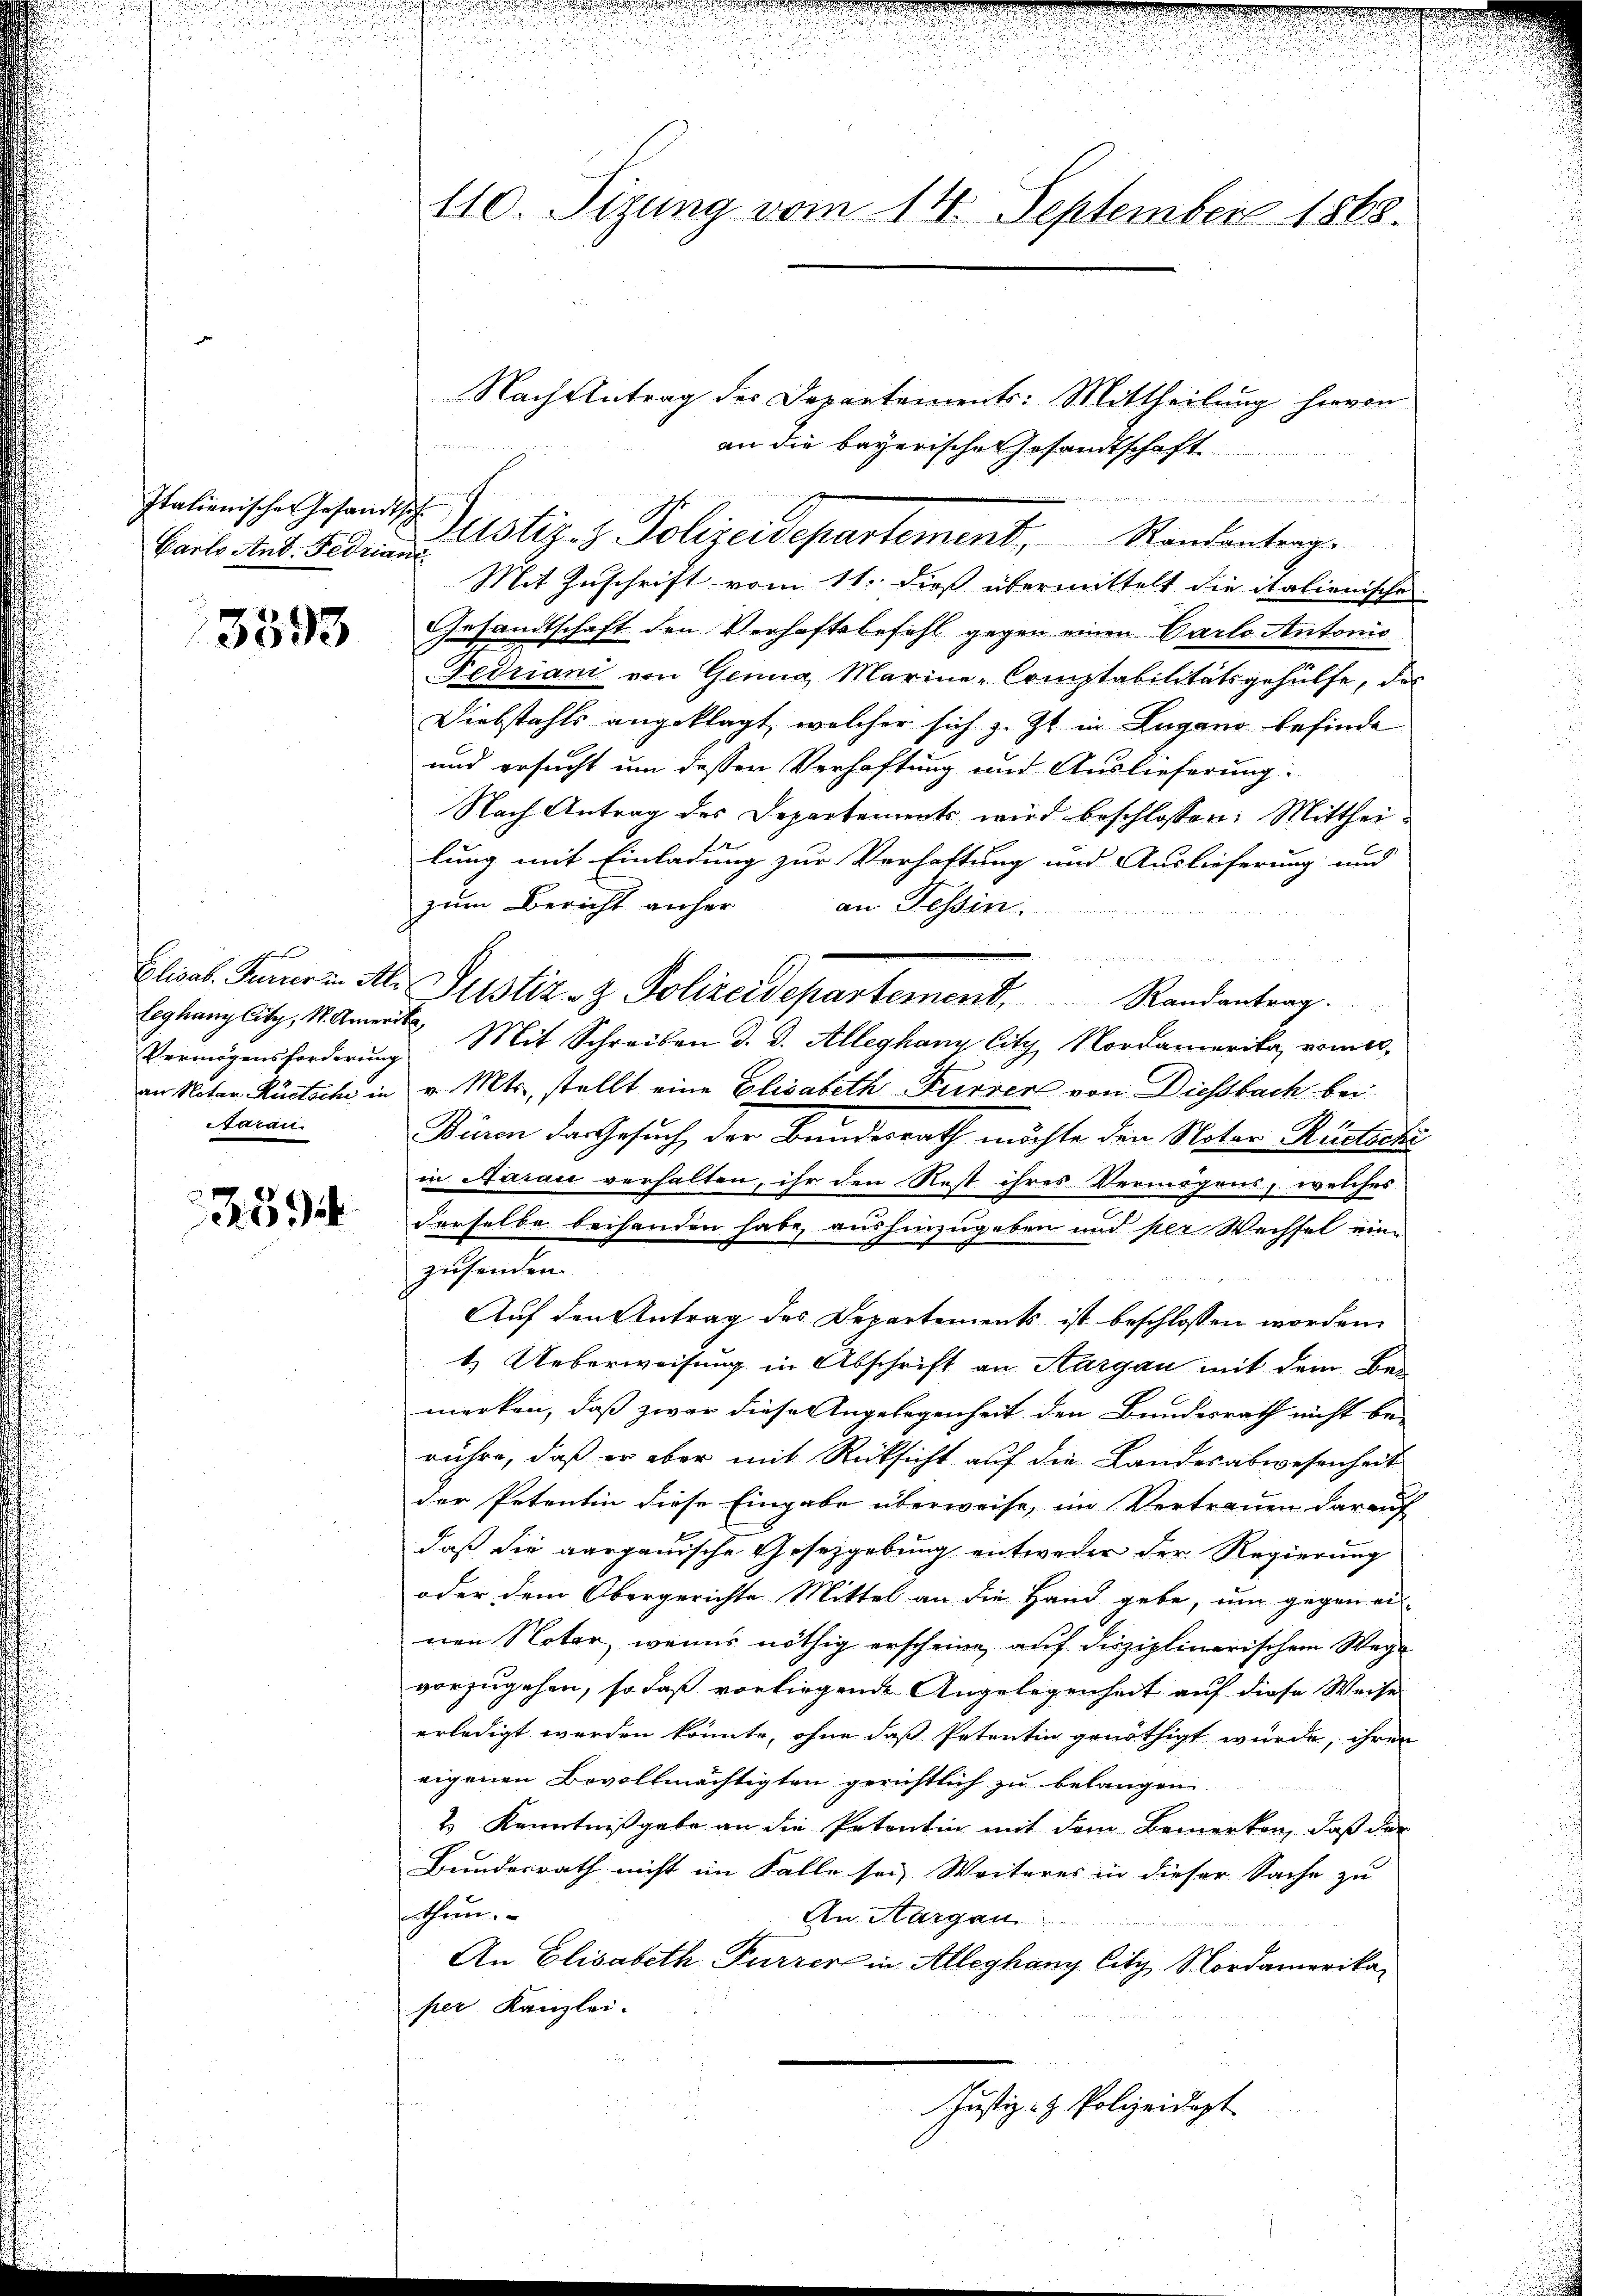
Italienische Gesandtsch
Carls Ant. Fedriant.

3593

leghang Citz, M. Amerika,
Vermögensforderung
Sacan

2894

110. Sizung vom 14. September 1868.

Mit Zuschrift vom 11. dieß übermittelt die italienische
Gesandtschaft den Verhaftsbefehl gegen einen Parlo Antonis
Fedriani von Genua, Marine-Comptabilitätsgehülfe, das
Diebstahls angeklagt, welcher sich z. Zt. in Lugano befinde
und ersucht um dessen Verhaftung und Auslieferung
Nach Antrag des Departements wird beschlossen: Mittheilung mit Einladung zur Verhaftung und Auslieferung und
zum Bericht anher an Tessin.
m
Mit Schreiben d. d. Alleghang City Nordamerika vom 10.
an Notar Rücksche in v. Mts. stellt eine Elisabeth Furrer von Diessbach bei.
Binon des Gesuch der Bundesrath möchte den Notar Rücksche
in Aarau verhalten, ihr den Rest ihres Vermögens, welches
derselbe behanden habe, aushinzugeben und per Wechsel eine
zusenden.
Auf den Antrag des Departements ist beschlossen worden.
1. Ueberweisung in Abschrift an Aargau mit dem Be-
merken, daß zwar diese Angelegenheit den Bundesrath nicht be-
rühre, daß er aber mit Rücksicht auf die Landesabwesenheit
der Petentin diese Eingabe überweise, im Vertrauen darauf
daß die aargauische Gesetzgebung entweder der Regierung
oder dem Obergerichte Mittel an die Hand gebe, um gegen ei
nen Nater, wenns nöthig erscheine auf disziplinarischem Wege
vorzugehen, so daß vorliegende Angelegenheit auf diese Weise
erledigt werden könnte, ohne daß Petentin genöthigt wurde, ihren
eigenen Bevollmächtigten gerichtlich zu belangen.
2.) Kenntnißgabe an die Petentin mit dem Bemerken, daß der
Bundesrath nicht im Falle sei, Weiteres in dieser Sache zu
thun.
An Aargau
An Elisabeth Furrer in Alleghany litz Nordamerikaper Kanzlei.
Justiz- & Polizeidigt

Nach Antrag der Departements: Mittheilung hervon

an die bayerische Gesandtschaft
Justiz- & Polizeidepartement.   Sandanterge

Elisab. Ferier in Ale Justiz- & Polizeidepartement, Randantrag.

u